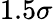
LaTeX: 1.5\sigma